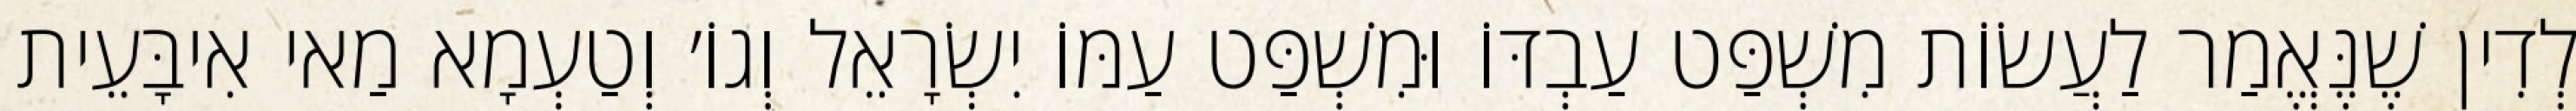
לְדִין שֶׁנֶּאֱמַר לַעֲשׂוֹת מִשְׁפַּט עַבְדּוֹ וּמִשְׁפַּט עַמּוֹ יִשְׂרָאֵל וְגוֹ׳ וְטַעְמָא מַאי אִיבָּעֵית